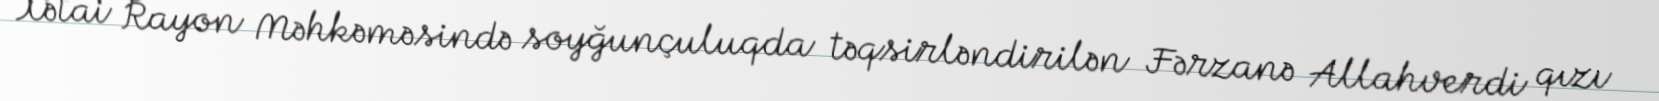
Xətai Rayon Məhkəməsində soyğunçuluqda təqsirləndirilən Fərzanə Allahverdi qızı